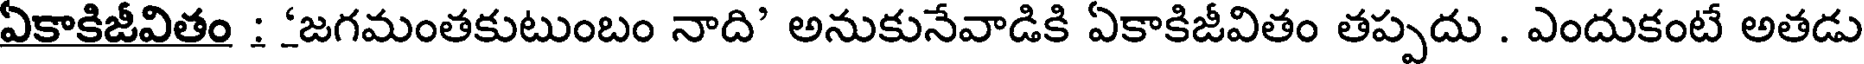
ఏకాకిజీవితం : 'జగమంతకుటుంబం నాది' అనుకునేవాడికి ఏకాకిజీవితం తప్పదు . ఎందుకంటే అతడు